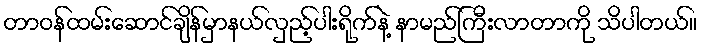
တာဝန်ထမ်းဆောင်ချိန်မှာနယ်လှည့်ပါးရိုက်နဲ့ နာမည်ကြီးလာတာကို သိပါတယ်။